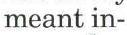
meant in-